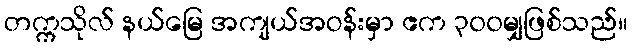
တက္ကသိုလ် နယ်မြေ အကျယ်အဝန်းမှာ ဧက ၃၀၀မျှဖြစ်သည်။